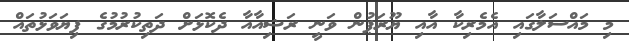
މި މައްސަލާގައި އެމެރިކާ އާއި ޔޫރަޕުން ވަނީ ރަޝިއާއާ ދެކޮޅަށް ދަތިކުރުމުގެ ފިޔަވަޅުތައް